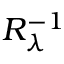
R _ { \lambda } ^ { - 1 }